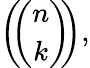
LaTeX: \left(\! \! {\binom{n}{k}}\! \! \right),